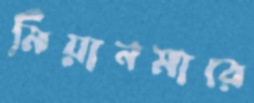
মিয়ানমারে